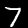
Label: 7